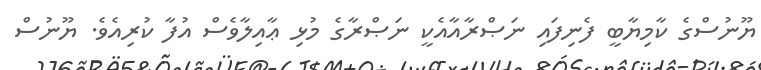
ޔޫނުސްގެ ކާމިޔާބީ ފެނިފައި ނަޞްރާއާއެކީ ނަޞްރާގެ މުޅި ޢާއިލާވެސް އުފާ ކުރިއެވެ. ޔޫނުސް